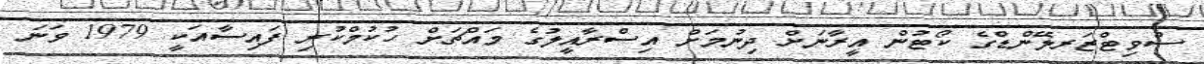
ސްވިޓްޒަރލޭންޑްގެ ކޯޓުން އީރާނަށް ދިނުމަށް އިސްރާއީލުގެ މައްޗަށް ހުކުމްކުރި ފައިސާއަކީ 1979 ވަނަ